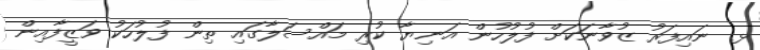
ޅ. ނައިފަރު ޒުވާނަކަށް ފުލުހުން އަނިޔާ ކުރި މައްސަލާގައި ތިން ފުލުހަކު ވަޒީފާއިން